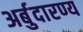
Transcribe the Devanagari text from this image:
अर्बुदारण्य